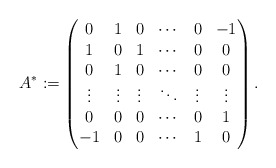
\begin{align*}A^*:=\begin{pmatrix}0 & 1& 0&\cdots & 0 & -1 \\1 & 0 & 1&\cdots & 0 & 0 \\0& 1 & 0 &\cdots & 0 & 0 \\\vdots& \vdots & \vdots & \ddots& \vdots&\vdots \\0& 0 &0&\cdots& 0 & 1 \\-1& 0 & 0&\cdots& 1& 0 \\\end{pmatrix}.\end{align*}